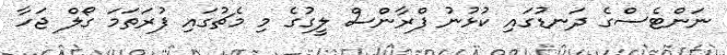
ނަންޓެސްގެ ދަނޑުގައި ކުޅުނު ފްރާންސް ލީގުގެ މި މެޗުގައި ފުރަތަމަ ގޯލް ޖަހާ